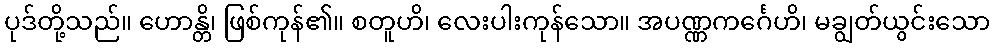
ပုဒ်တို့သည်။ ဟောန္တိ၊ ဖြစ်ကုန်၏။ စတူဟိ၊ လေးပါးကုန်သော။ အပဏ္ဏကင်္ဂေဟိ၊ မချွတ်ယွင်းသော